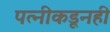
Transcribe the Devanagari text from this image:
पत्‍नीकडूनही